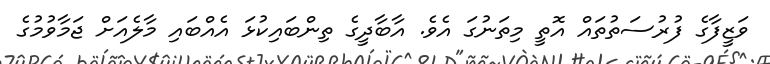
ވަޒީފާގެ ފުރުސަތުތައް އޮތީ މިތަނުގަ އެވެ. އާބާދީގެ ތިންބައިކުޅަ އެއްބައި މާލެއަށް ޖަމާވުމުގެ